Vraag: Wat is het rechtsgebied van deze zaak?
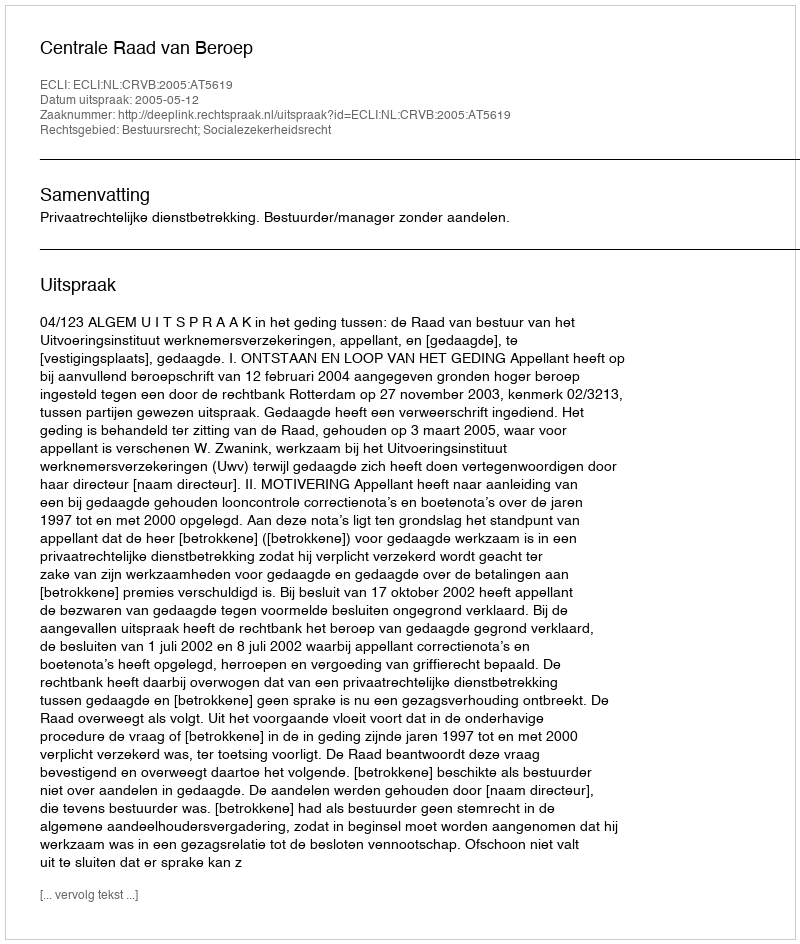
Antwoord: Bestuursrecht; Socialezekerheidsrecht